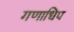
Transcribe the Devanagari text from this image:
गणाधिप